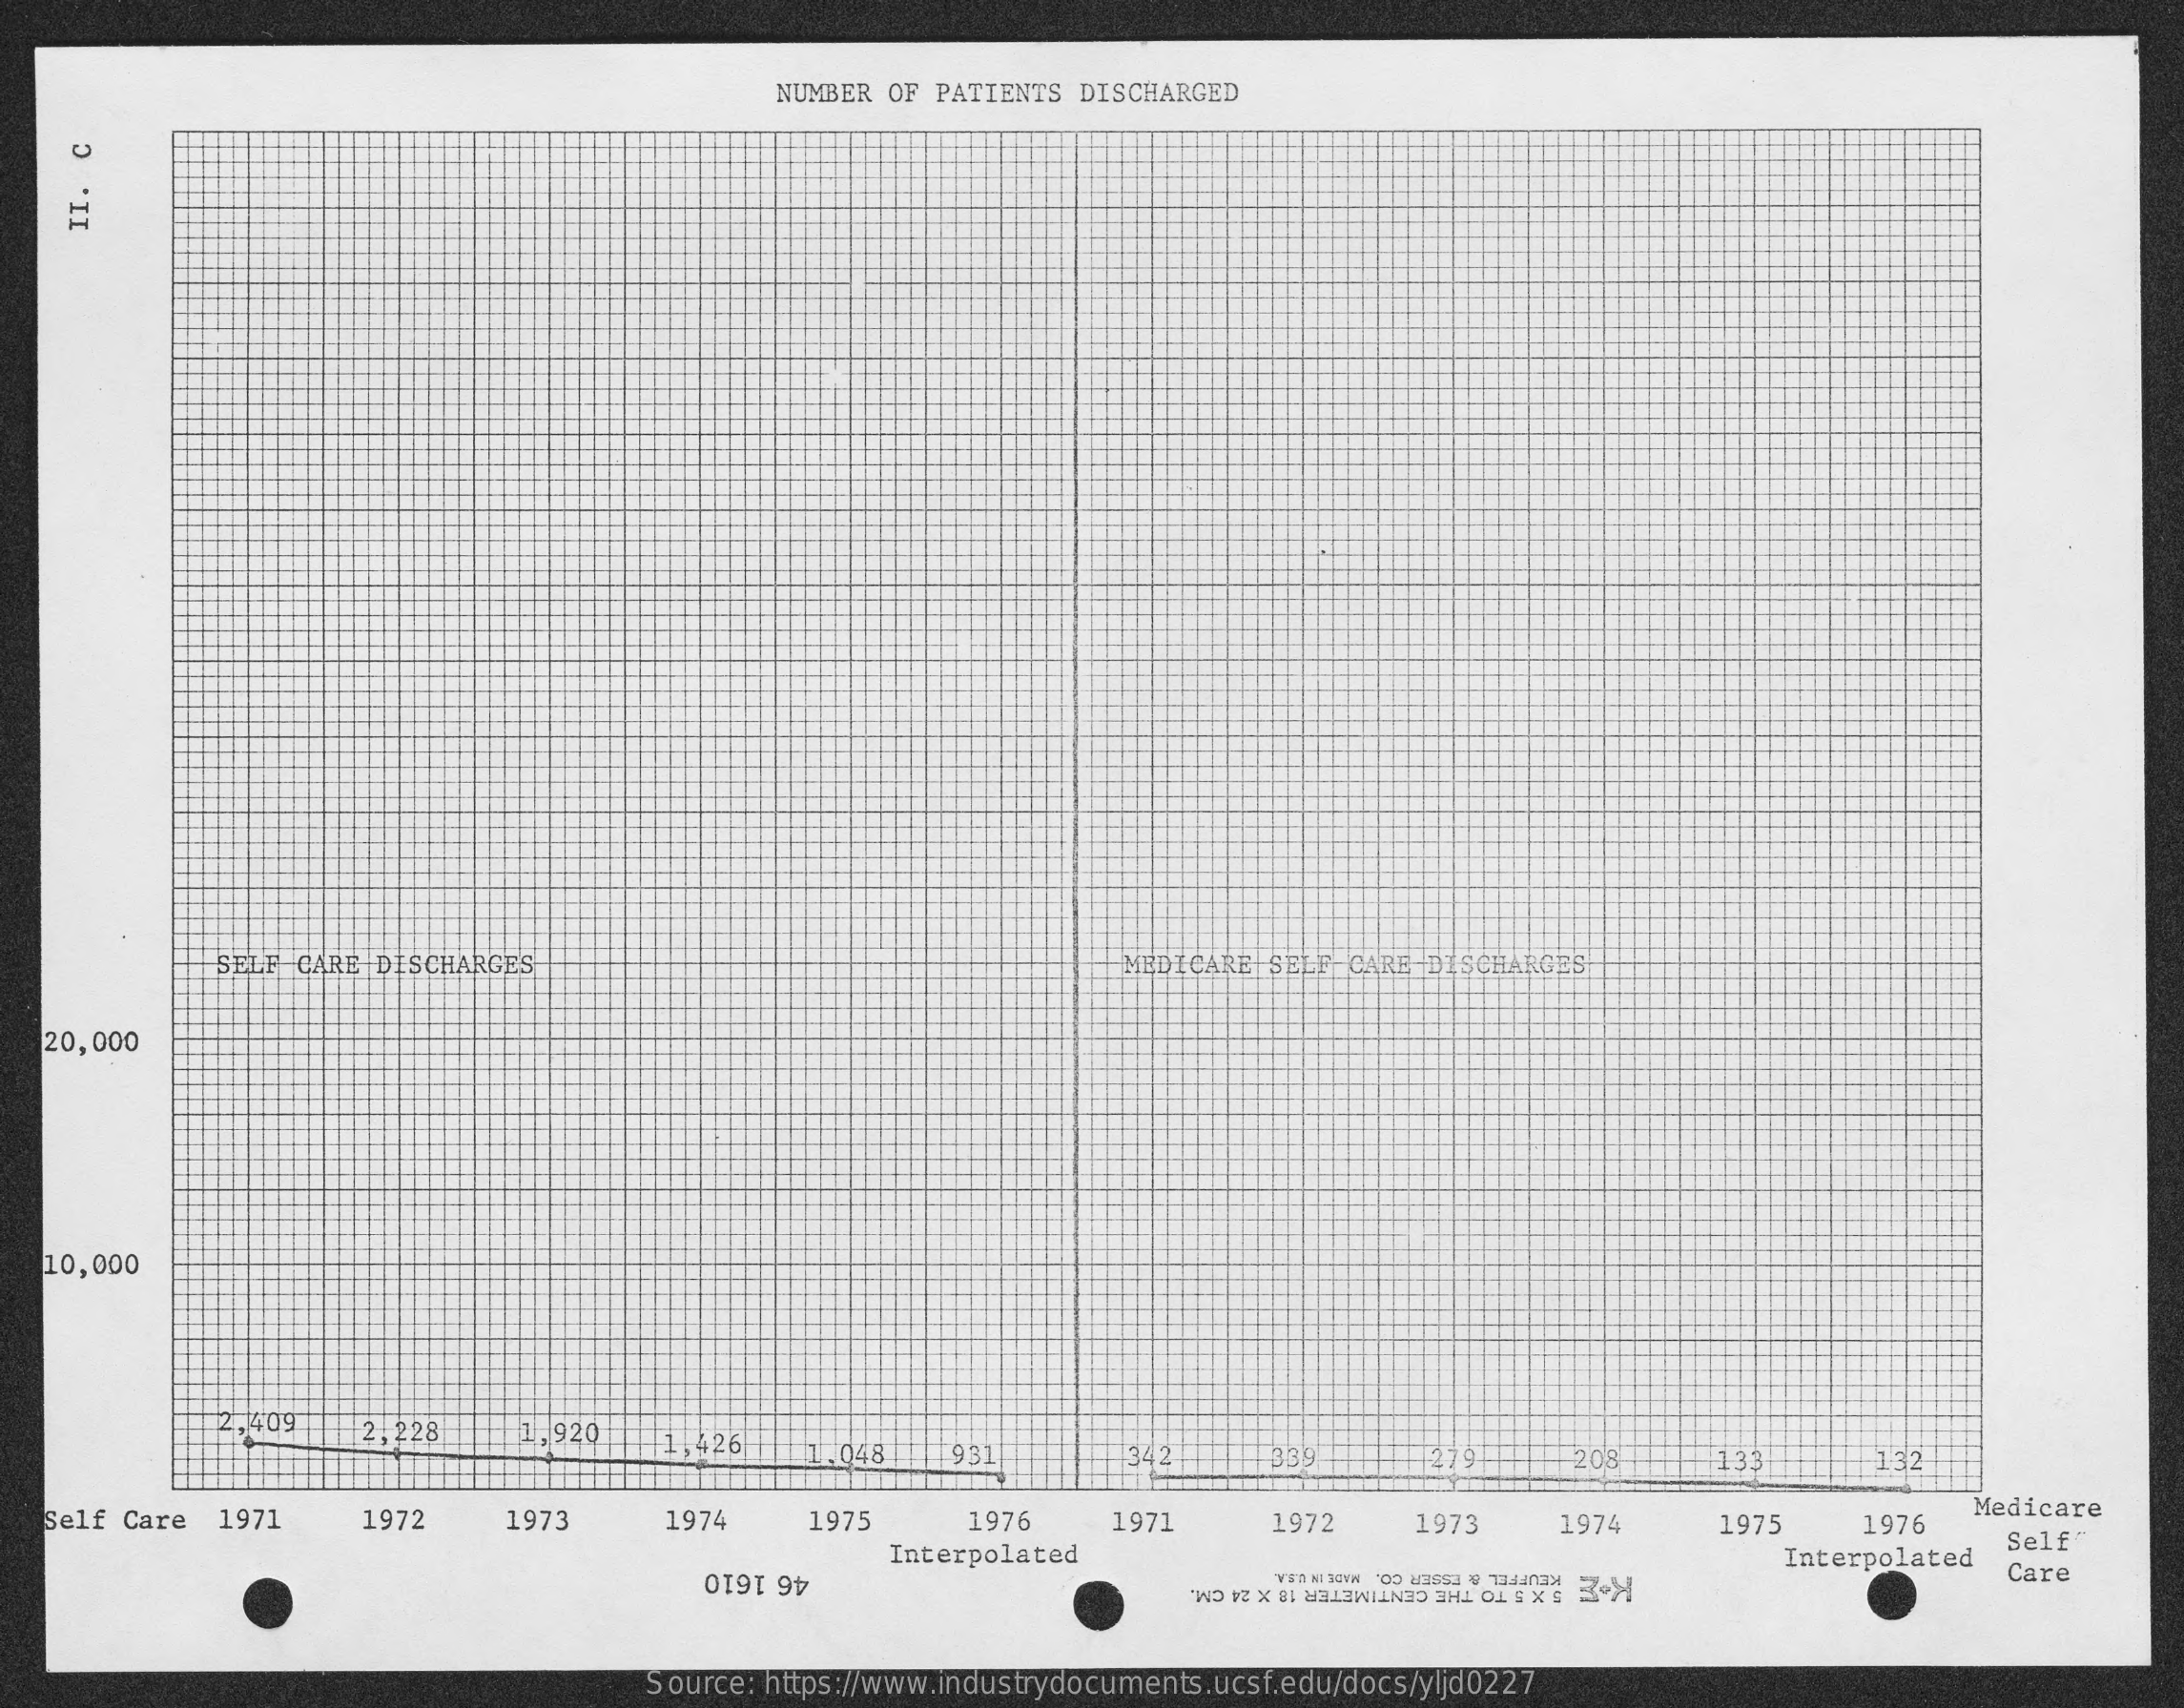
NUMBER OF PATIENTS  DISCHARGED
     II.
     C
     SELF CARE DISCHARGES    MEDICARE  SELF CARE DISCHARGES
   20,000
   10,000
     2, 409   2,228    1, 920   1,426    1.048   1931    13421    339    208    133+    132
   Self Care   1971    1972    1973    1974    1975    1976    1971    1972    1973    1974    1975    1976
     Medicare
     Interpolated    Interpolated
     Self
     46 1610    KEUFFEL & ESSER CO. MADE IN U.S.A.
     3.X
     Care
     5 X 5 TO THE CENTIMETER 18 X 24 CM.
     Source: https://www.industrydocuments.ucsf.edu/docs/yljd0227